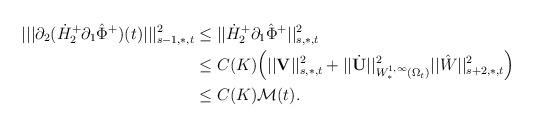
LaTeX: \begin{align*}|||\partial_2(\dot{H}^+_2\partial_1\hat{\Phi}^{+})(t)|||^2_{s-1,\ast,t}& \leq||\dot{H}^+_2\partial_1\hat{\Phi}^{+}||^2_{s,\ast,t}\\ & \leq C(K)\Big(||{\mathbf V}||^2_{s,\ast,t}+||\dot{{\mathbf U}}||^2_{W^{1,\infty}_{\ast}(\Omega_t)}||\hat{W}||^2_{s+2,\ast,t}\Big)\\ & \leq C(K)\mathcal{M}(t). \end{align*}